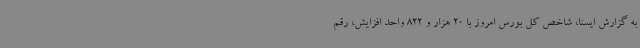
به گزارش ایسنا، شاخص کل بورس امروز با 20 هزار و 822 واحد افزایش، رقم